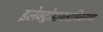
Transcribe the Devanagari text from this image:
इलेक्ट्रोडायनामिक्सचा